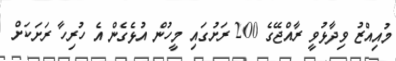
މުއިއްޒު ވިދާޅުވީ ރާއްޖޭގެ 200 ރަށުގައި މީހުން އުޅެގެން އެ ހުރިހާ ރަށަކަށް